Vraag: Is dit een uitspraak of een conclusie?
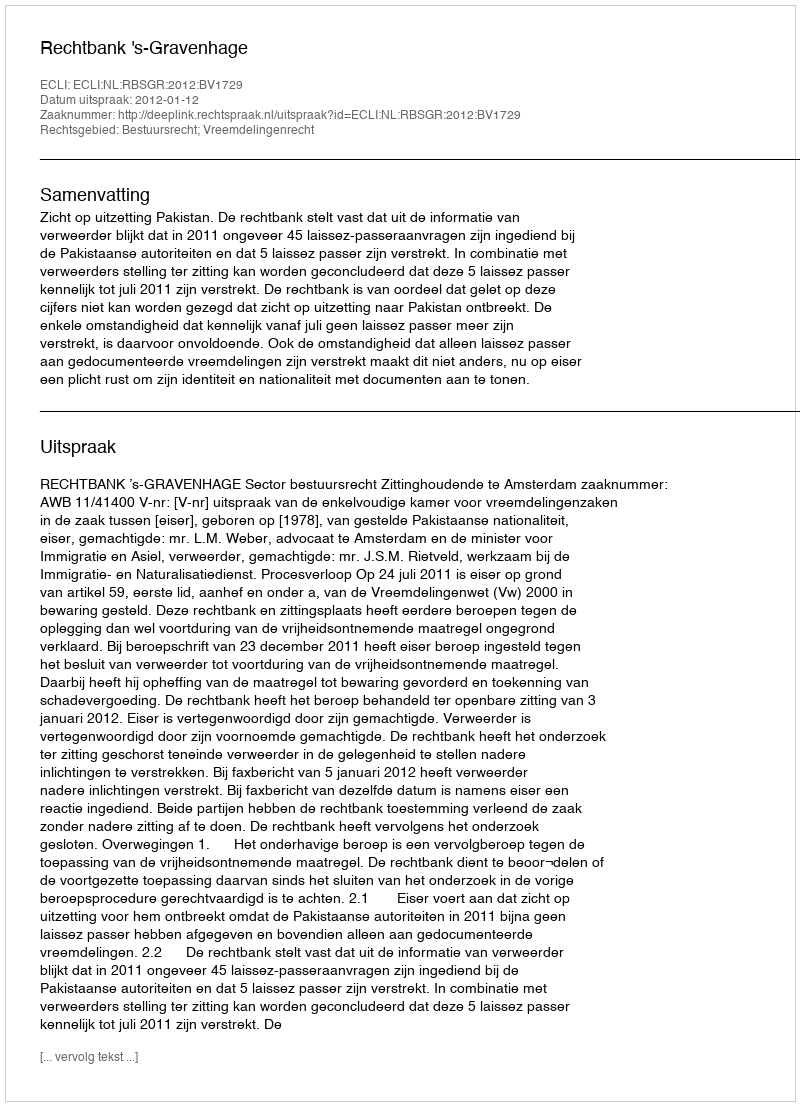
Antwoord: Uitspraak